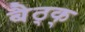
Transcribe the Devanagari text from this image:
बैठ्क्